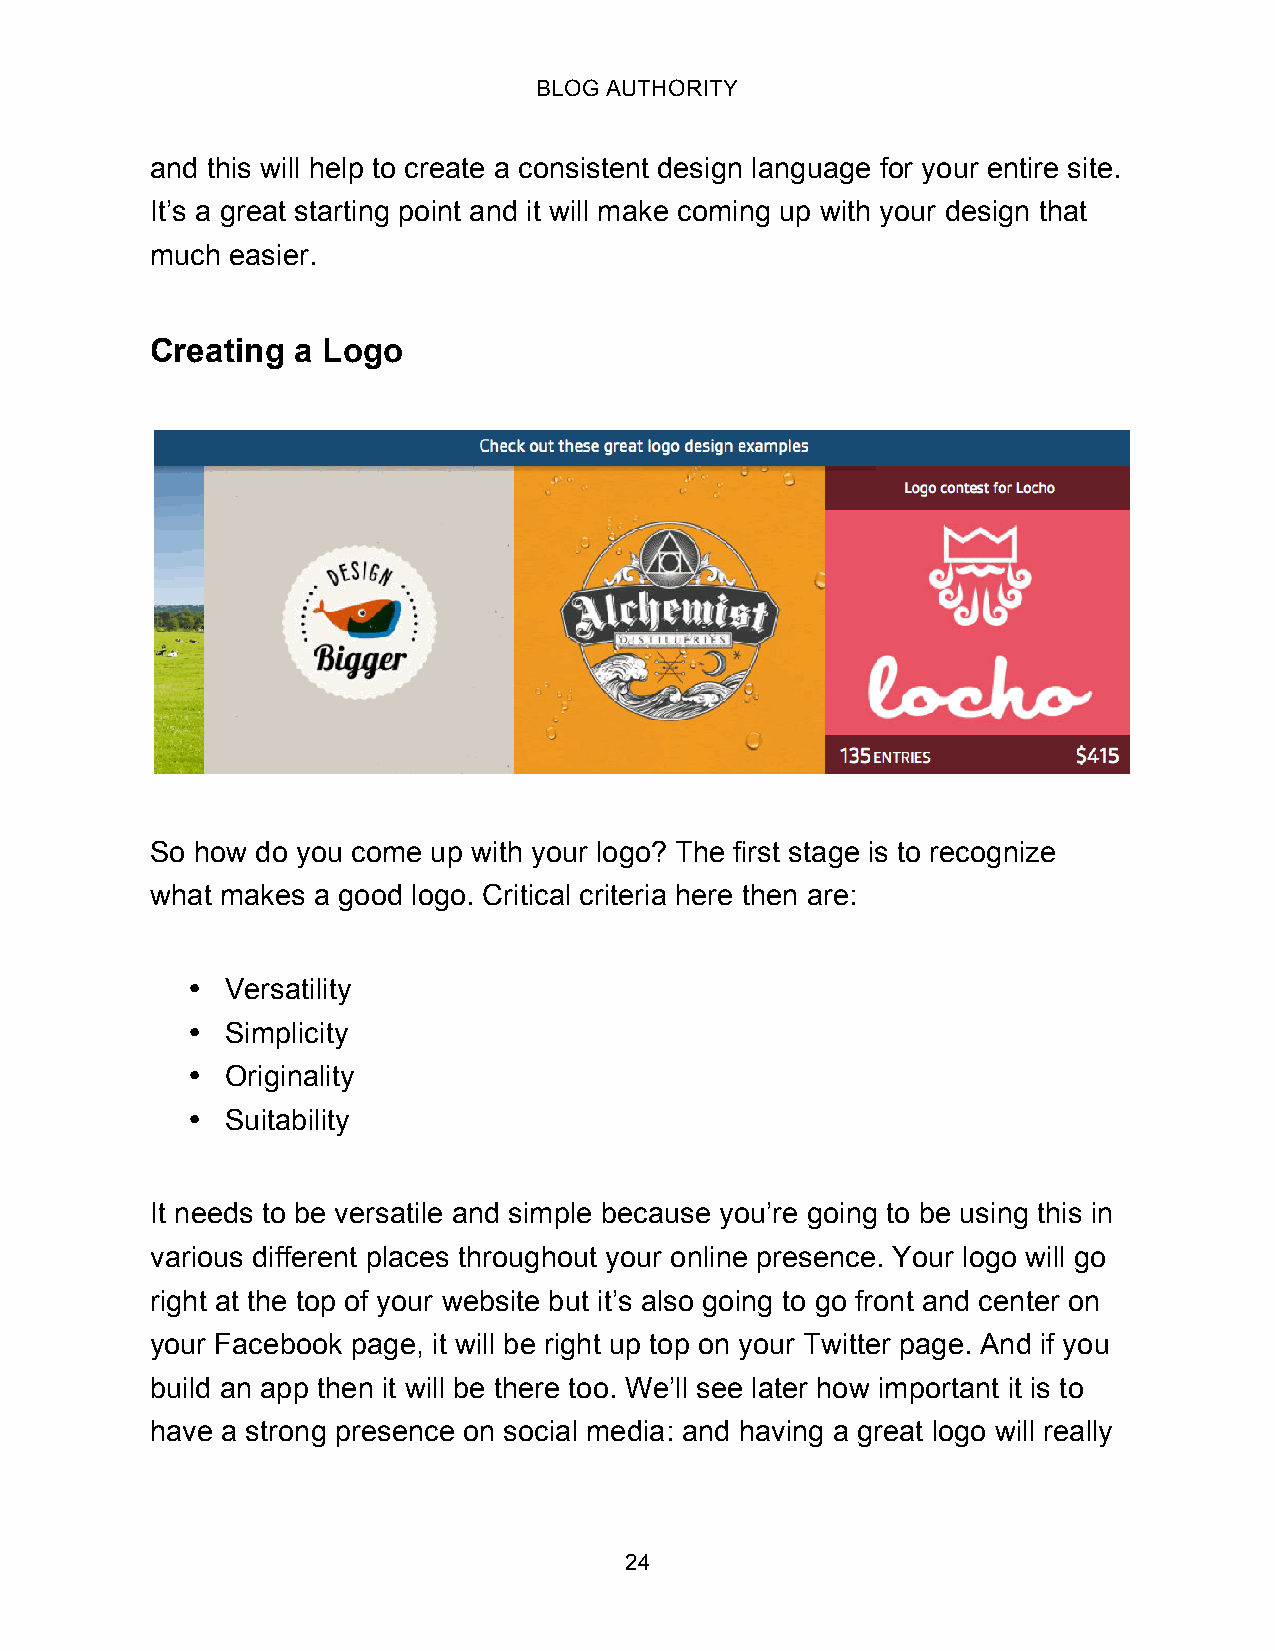
BLOG AUTHORITY
 and this will help to create a consistent design language for your entire site.
 It’s a great starting point and it will make coming up with your design that
 much easier.
 Creating a Logo
 So how do you come up with your logo? The first stage is to recognize
 what makes a good logo. Critical criteria here then are:
 •  Versatility
 •  Simplicity
 •  Originality
 •  Suitability
 It needs to be versatile and simple because you’re going to be using this in
 various different places throughout your online presence. Your logo will go
 right at the top of your website but it’s also going to go front and center on
 your Facebook page, it will be right up top on your Twitter page. And if you
 build an app then it will be there too. We’ll see later how important it is to
 have a strong presence on social media: and having a great logo will really
 24